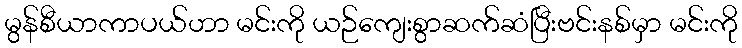
မွန်စီယာကာပယ်ဟာ မင်းကို ယဉ်ကျေးစွာဆက်ဆံပြီးဗင်းနစ်မှာ မင်းကို